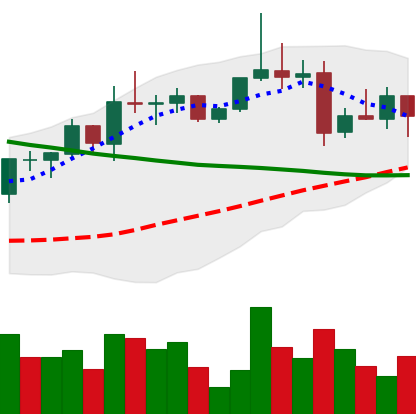
Ticker: XRP-USD
Chart end date: 2022-04-04
Forward return: -7.696%
Label: down_7plus